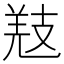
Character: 𢻐